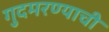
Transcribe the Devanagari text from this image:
गुदमरण्याची